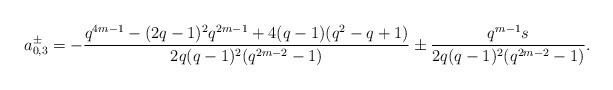
LaTeX: \begin{align*} a_{0,3}^{\pm}=-\frac{q^{4m-1}-(2q-1)^2q^{2m-1}+4(q-1)(q^2-q+1)}{2q(q-1)^2(q^{2m-2}-1)}\pm\frac{q^{m-1}s}{2q(q-1)^2(q^{2m-2}-1)}.\end{align*}